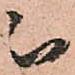
被